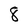
Character: 8